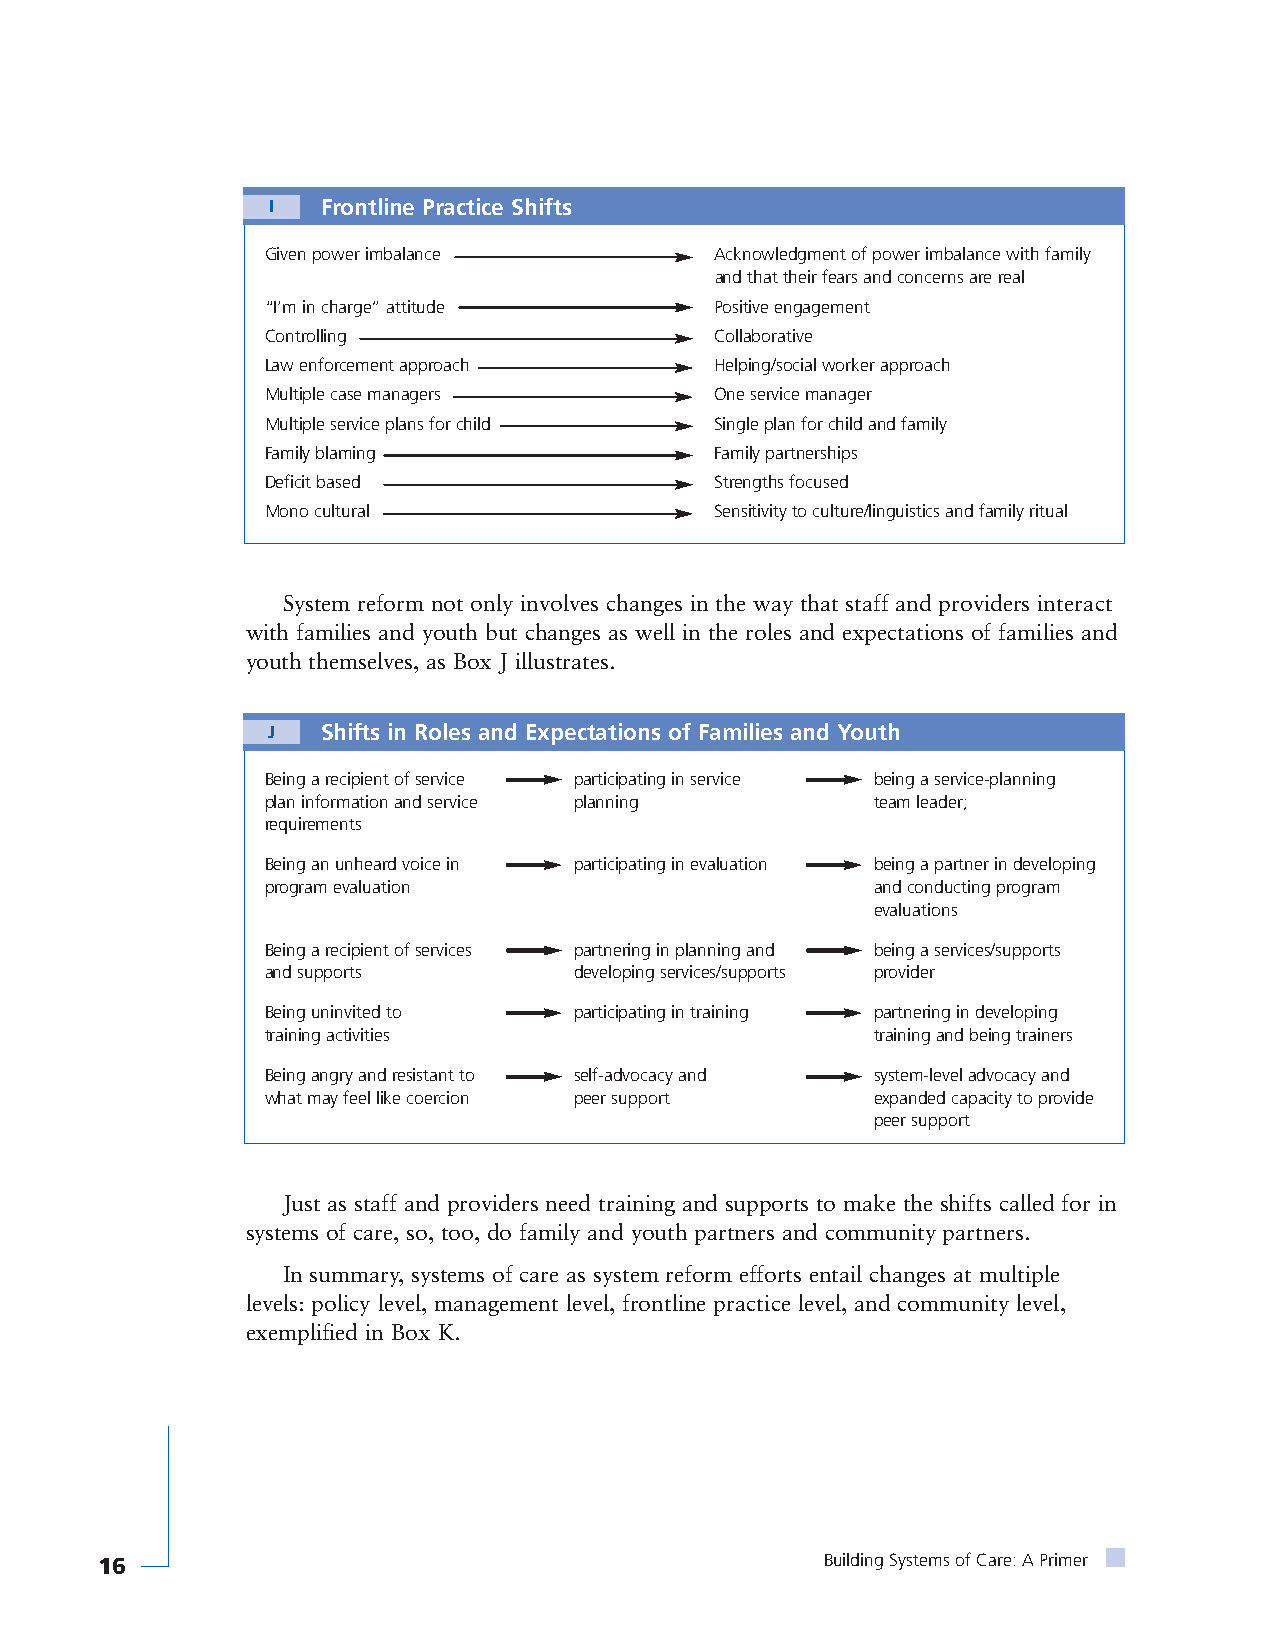
I  Frontline Practice Shifts
 Given power imbalance        Acknowledgment of power imbalance with family
 and that their fears and concerns are real
 “I’m in charge” attitude     Positive engagement
 Controlling                  Collaborative
 Law enforcement approach     Helping/social worker approach
 Multiple case managers       One service manager
 Multiple service plans for child Single plan for child and family
 Family blaming               Family partnerships
 Deficit based                Strengths focused
 Mono cultural                Sensitivity to culture/linguistics and family ritual
 System reform not only involves changes in the way that staff and providers interact
 with families and youth but changes as well in the roles and expectations of families and
 youth themselves, as Box J illustrates.
 J  Shifts in Roles and Expectations of Families and Youth
 Being a recipient of service participating in service being a service-planning
 plan information and service planning   team leader;
 requirements
 Being an unheard voice in participating in evaluation being a partner in developing
 program evaluation                      and conducting program
 evaluations
 Being a recipient of services partnering in planning and being a services/supports
 and supports        developing services/supports provider
 Being uninvited to  participating in training partnering in developing
 training activities                     training and being trainers
 Being angry and resistant to self-advocacy and system-level advocacy and
 what may feel like coercion peer support expanded capacity to provide
 peer support
 Just as staff and providers need training and supports to make the shifts called for in
 systems of care, so, too, do family and youth partners and community partners.
 In summary, systems of care as system reform efforts entail changes at multiple
 levels: policy level, management level, frontline practice level, and community level,
 exemplified in Box K.
 16                                               Building Systems of Care: A Primer